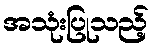
အသုံးပြုသည့်